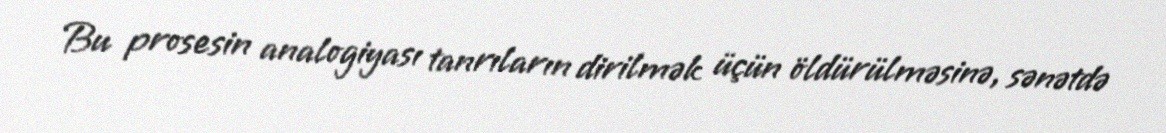
Bu prosesin analogiyası tanrıların dirilmək üçün öldürülməsinə, sənətdə